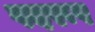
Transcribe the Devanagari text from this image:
पदरूप